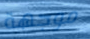
موجهة